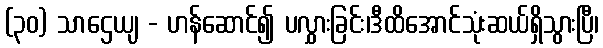
(၃၀) သာဌေယျ - ဟန်ဆောင်၍ ပလွှားခြင်း၊ဒီထိအောင်သုံးဆယ်ရှိသွားပြီ၊